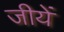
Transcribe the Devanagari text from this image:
जीयें